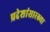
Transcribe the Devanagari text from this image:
प्रदेशांसारख्या